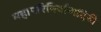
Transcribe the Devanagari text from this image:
महापरिनिर्वाणदिनी